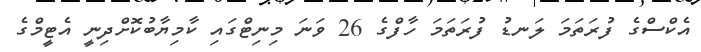
އެކްސްގެ ފުރަތަމަ ލަނޑު ފުރަތަމަ ހާފްގެ 26 ވަނަ މިނިޓްގައި ކާމިޔާބުކޮށްދިނީ އެޓީމްގެ